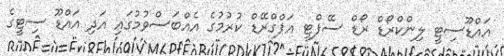
އައްޑޫސިޓީ ލިންކްރޯޑް ރޯޑް ސޭފްޓީ އަޕްގްރޭޑް ކުރުމުގެ އެއްބަސްވުމުގައި އަދި އައްޑޫ ސިޓީގެ